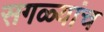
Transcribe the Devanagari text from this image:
सगळ्यांच